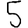
Digit: 5